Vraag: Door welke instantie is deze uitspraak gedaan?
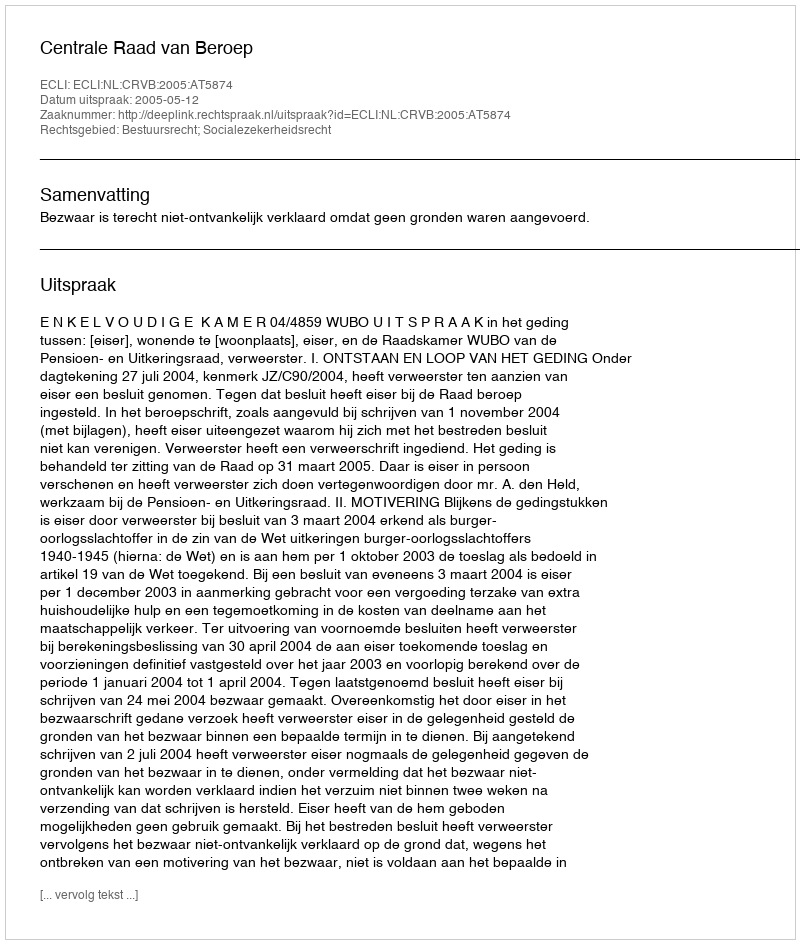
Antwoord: Centrale Raad van Beroep